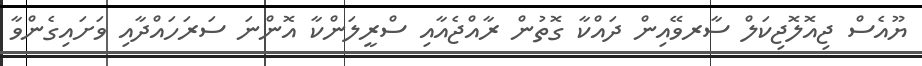
ޔޫއެސް ޖިއޮލޮޖިކަލް ސާރވޭއިން ދައްކާ ގޮތުން ރާއްޖެއާއި ސްރީލަންކާ އޮންނަ ސަރަހައްދާއި ވަށައިގެންވާ